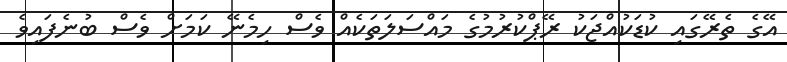
އޭގެ ތެރޭގައި ކުޑަކުއްޖަކު ރޭޕްކުރުމުގެ މައްސަލަތަކެއް ވެސް ހިމެނޭ ކަމަށް ވެސް ބުނެފައިވެ